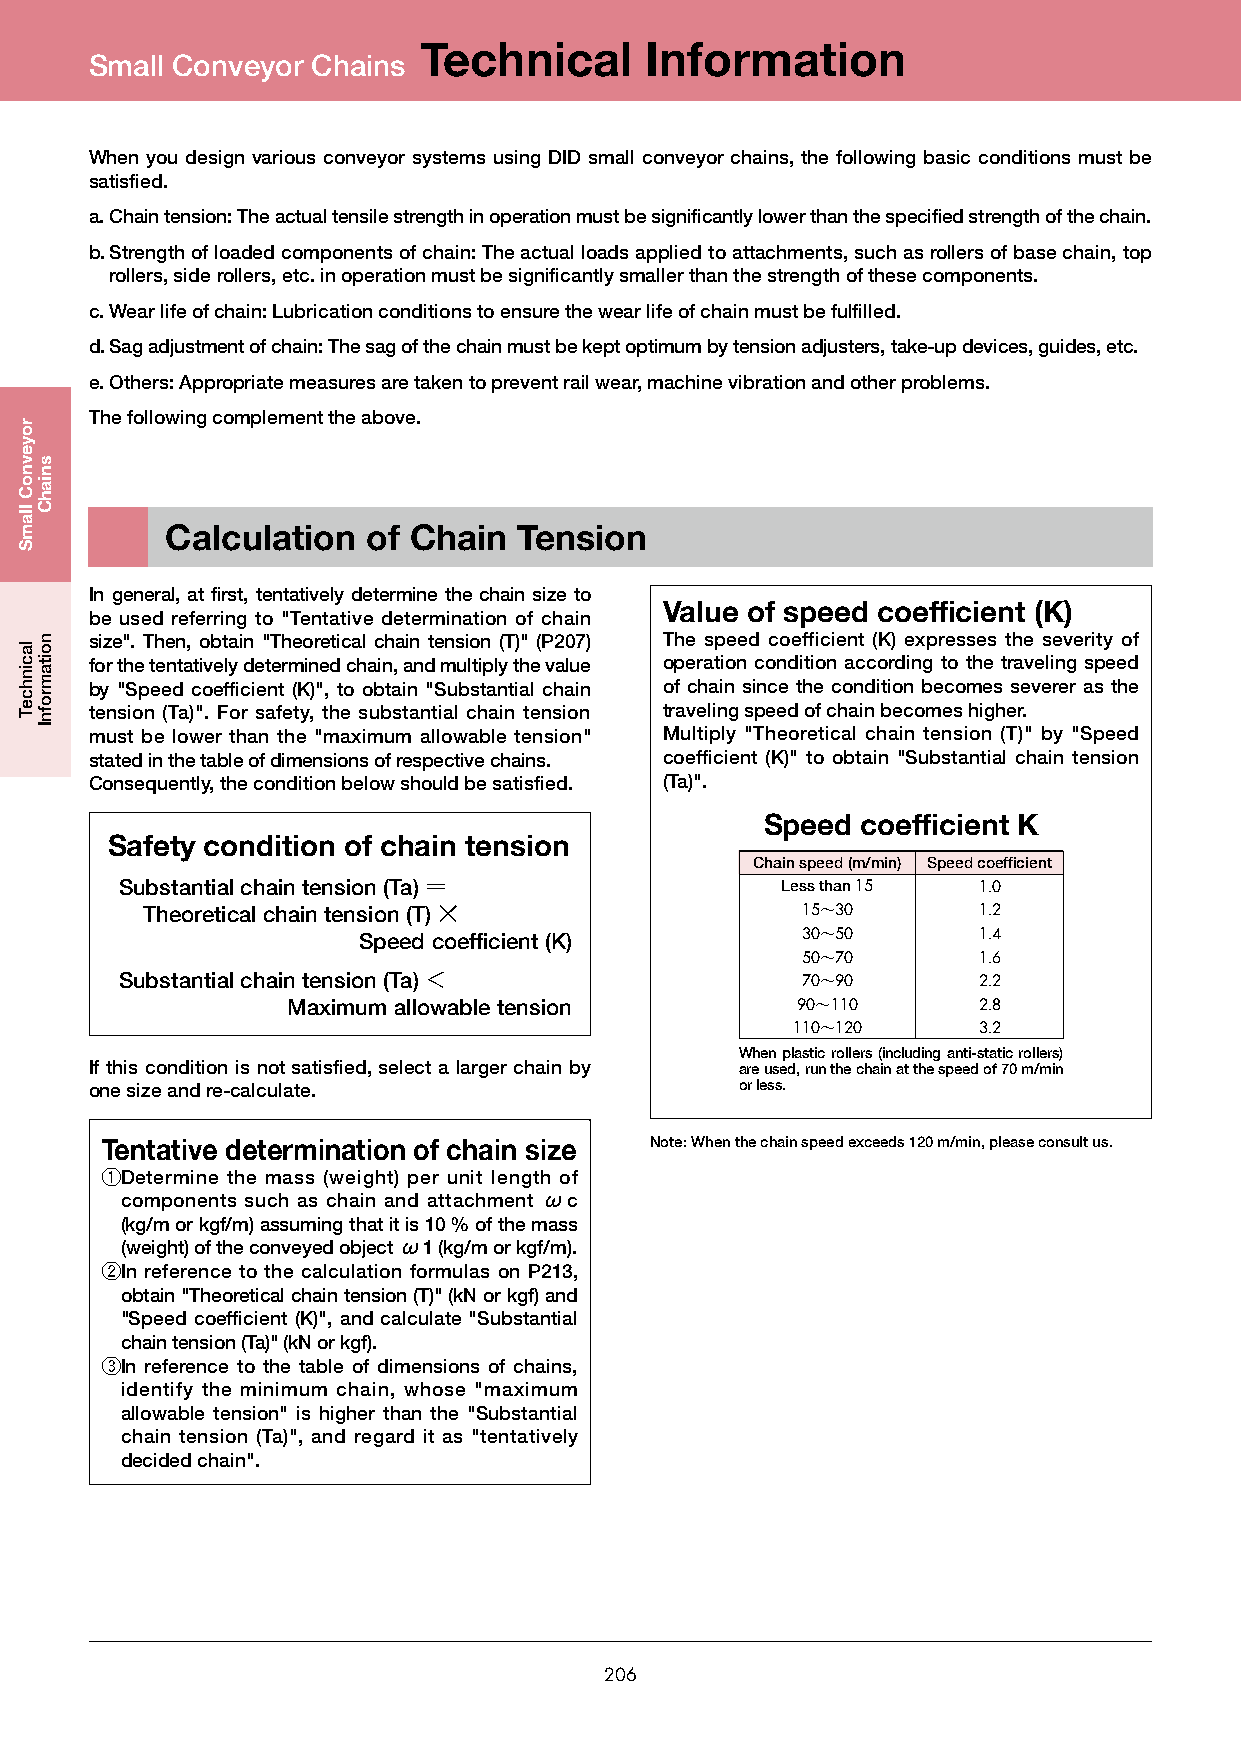
Technical      Information
 Small Conveyor Chains
 When you design various conveyor systems using DID small conveyor chains, the following basic conditions must be
 satisfied.
 a. Chain tension: The actual tensile strength in operation must be significantly lower than the specified strength of the chain.
 b. Strength of loaded components of chain: The actual loads applied to attachments, such as rollers of base chain, top
 rollers, side rollers, etc. in operation must be significantly smaller than the strength of these components.
 c. Wear life of chain: Lubrication conditions to ensure the wear life of chain must be fulfilled.
 d. Sag adjustment of chain: The sag of the chain must be kept optimum by tension adjusters, take-up devices, guides, etc.
 e. Others: Appropriate measures are taken to prevent rail wear, machine vibration and other problems.
 The following complement the above.
 Calculation  of Chain  Tension
 In general, at first, tentatively determine the chain size to
 Value of speed coefficient (K)
 be used referring to "Tentative determination of chain
 size". Then, obtain "Theoretical chain tension (T)" (P207) The speed coefficient (K) expresses the severity of
 for the tentatively determined chain, and multiply the value operation condition according to the traveling speed
 by "Speed coefficient (K)", to obtain "Substantial chain of chain since the condition becomes severer as the
 tension (Ta)". For safety, the substantial chain tension traveling speed of chain becomes higher.
 must be lower than the "maximum allowable tension" Multiply "Theoretical chain tension (T)" by "Speed
 stated in the table of dimensions of respective chains. coefficient (K)" to obtain "Substantial chain tension
 Consequently, the condition below should be satisfied. (Ta)".
 Speed coefficient K
 Safety condition of chain tension
 Chain speed (m/min) Speed coefficient
 Substantial chain tension (Ta) ＝            Less than 15 1.0
 Theoretical chain tension (T) ×             15〜30       1.2
 Speed coefficient (K)        30〜50       1.4
 50〜70       1.6
 Substantial chain tension (Ta) ＜             70〜90       2.2
 Maximum allowable tension         90〜110      2.8
 110〜120      3.2
 When plastic rollers (including anti-static rollers)
 If this condition is not satisfied, select a larger chain by are used, run the chain at the speed of 70 m/min
 one size and re-calculate.                 or less.
 Tentative determination of chain size Note: When the chain speed exceeds 120 m/min, please consult us.
 q Determine the mass (weight) per unit length of
 components such as chain and attachment ωc
 (kg/m or kgf/m) assuming that it is 10 % of the mass
 (weight) of the conveyed object ω1 (kg/m or kgf/m).
 w In reference to the calculation formulas on P213,
 obtain "Theoretical chain tension (T)" (kN or kgf) and
 "Speed coefficient (K)", and calculate "Substantial
 chain tension (Ta)" (kN or kgf).
 e In reference to the table of dimensions of chains,
 identify the minimum chain, whose "maximum
 allowable tension" is higher than the "Substantial
 chain tension (Ta)", and regard it as "tentatively
 decided chain".
 206
 royevnoC
 llamS
 lacinhceT
 sniahC
 noitamrofnI